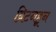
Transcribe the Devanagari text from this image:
ब्रिटनहून